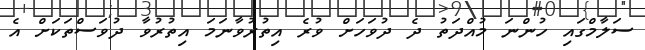
ސަލާމްގައި ހުންނަ މުއްދަތު ދެ ދުވަހަށް ވުރެ އިތުރުވާނަމަ އިތުރުވާ ދުވަސްތަކަށް އެ